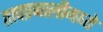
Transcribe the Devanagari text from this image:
तत्वप्रणालीमध्ये